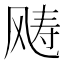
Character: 𩙧